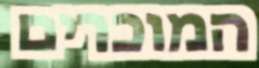
המוכרים